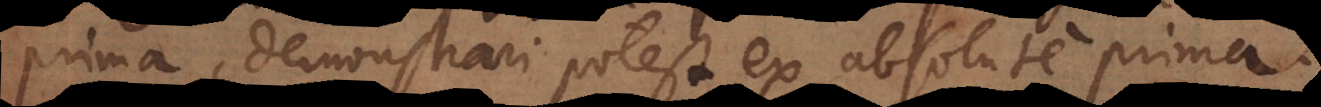
prima, demonstrari potest ex absolute prima.